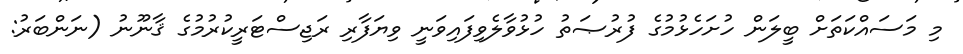
މި މަސައްކަތަށް ބީލަން ހުށަހެޅުމުގެ ފުރުޞަތު ހުޅުވާލެވިފައިވަނީ ވިޔަފާރި ރަޖިސްޓަރީކުރުމުގެ ޤާނޫނު (ނަންބަރު: